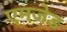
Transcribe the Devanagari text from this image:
एमजेड